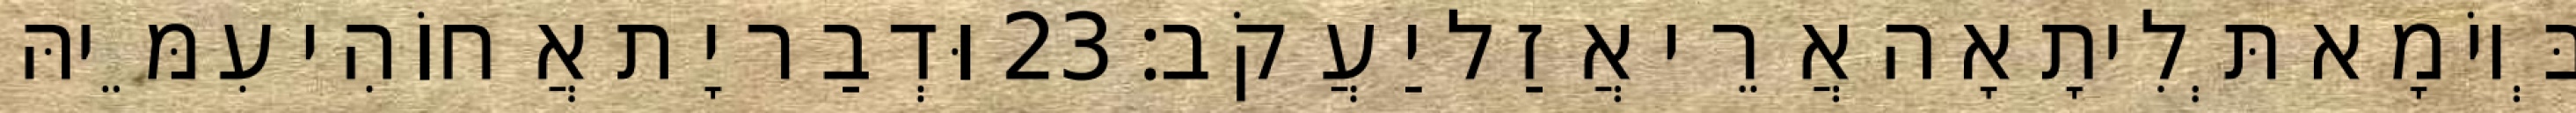
בְּיוֹמָא תְּלִיתָאָה אֲרֵי אֲזַל יַעֲקֹב׃ 23 וּדְבַר יָת אֲחוֹהִי עִמֵּיהּ